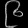
Digit: ၉